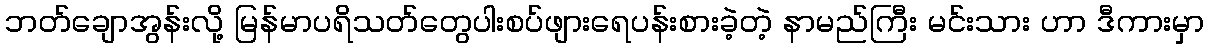
ဘတ်ချောအွန်းလို့ မြန်မာပရိသတ်တွေပါးစပ်ဖျားရေပန်းစားခဲ့တဲ့ နာမည်ကြီး မင်းသား ဟာ ဒီကားမှာ